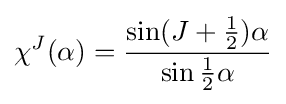
\chi ^{J}(\alpha )={\frac {\sin(J+{1 \over 2})\alpha }{\sin {1 \over 2}\alpha }}